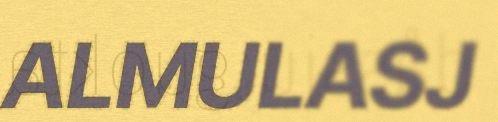
ALMULASJ